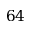
6 4